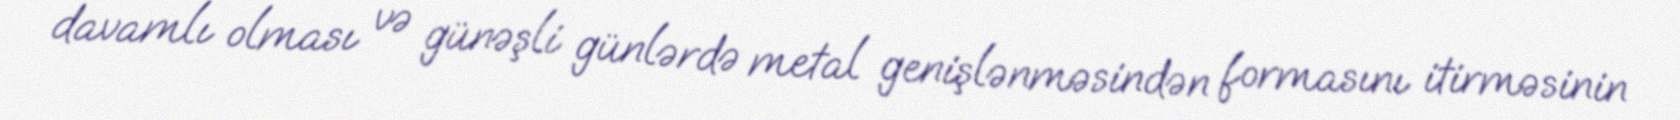
davamlı olması və günəşli günlərdə metal genişlənməsindən formasını itirməsinin